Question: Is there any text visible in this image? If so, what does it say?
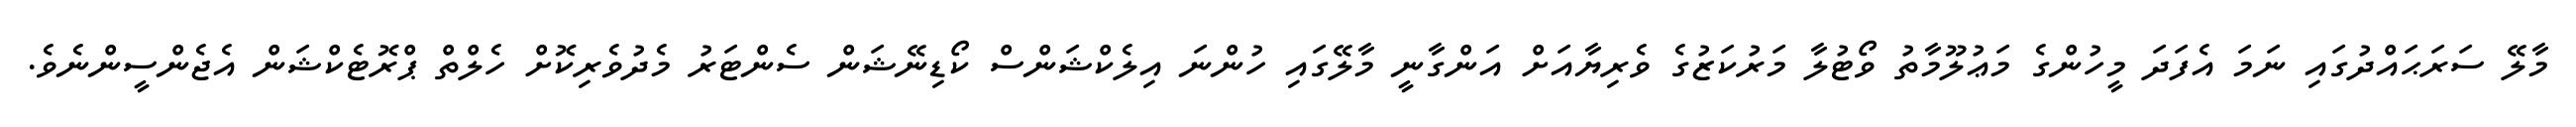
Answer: މާލޭ ސަރަޙައްދުގައި ނަމަ އެފަދަ މީހުންގެ މަޢުލޫމާތު ވޯޓުލާ މަރުކަޒުގެ ވެރިޔާއަށް އަންގާނީ މާލޭގައި ހުންނަ އިލެކްޝަންސް ކޯޑިނޭޝަން ސެންޓަރު މެދުވެރިކޮށް ހެލްތް ޕްރޮޓެކްޝަން އެޖެންސީންނެވެ.